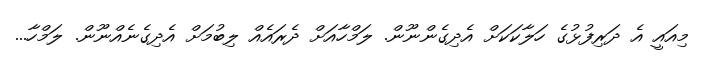
މިއައީ އެ ދަރިފުޅުގެ ހަލާކަކަށް އެދިގެންނޫން. ލަމްހާއަށް ދެރައެއް ލިބުމަށް އެދިގެނެއްނޫން. ލަމްހާ...